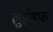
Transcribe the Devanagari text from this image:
लुईसफ